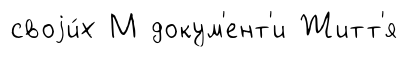
своjи́х М докум'ент'и Житт'я